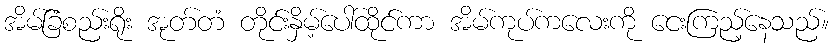
အိမ်ခြံစည်းရိုး အုတ်တံ တိုင်းနှိမ့်ပေါ်ထိုင်ကာ အိမ်ကုပ်ကလေးကို ငေးကြည့်နေသည်။